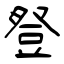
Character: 豋